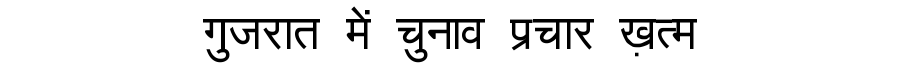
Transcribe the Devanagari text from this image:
गुजरात में चुनाव प्रचार ख़त्म